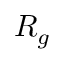
R _ { g }